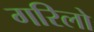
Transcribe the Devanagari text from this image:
गरिलो